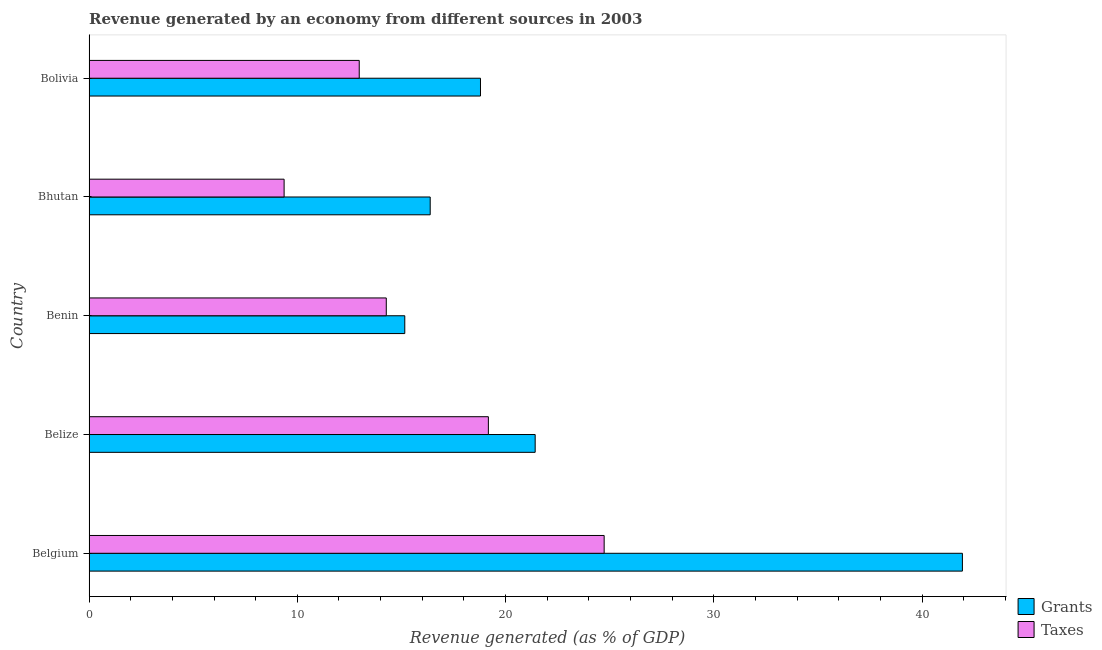
| Country | Grants | Taxes |
 | --- | --- | --- |
 | Belgium | 41.9 | 24.7 |
 | Belize | 21.4 | 19.2 |
 | Benin | 15.2 | 14.3 |
 | Bhutan | 16.4 | 9.37 |
 | Bolivia | 18.8 | 13 |